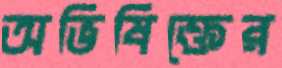
অভিষিক্তের